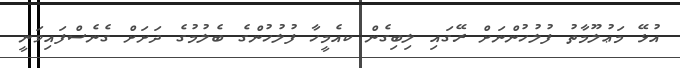
އުޅޭ މަޢުލޫމާތު ފުލުހުންނަށް ރޭގައި ލިބިގެން ކއެމީހާ ފުލުހުންގެ ބެލުމުގެ ދަށަށް ގެނެސްފައިވަނީ